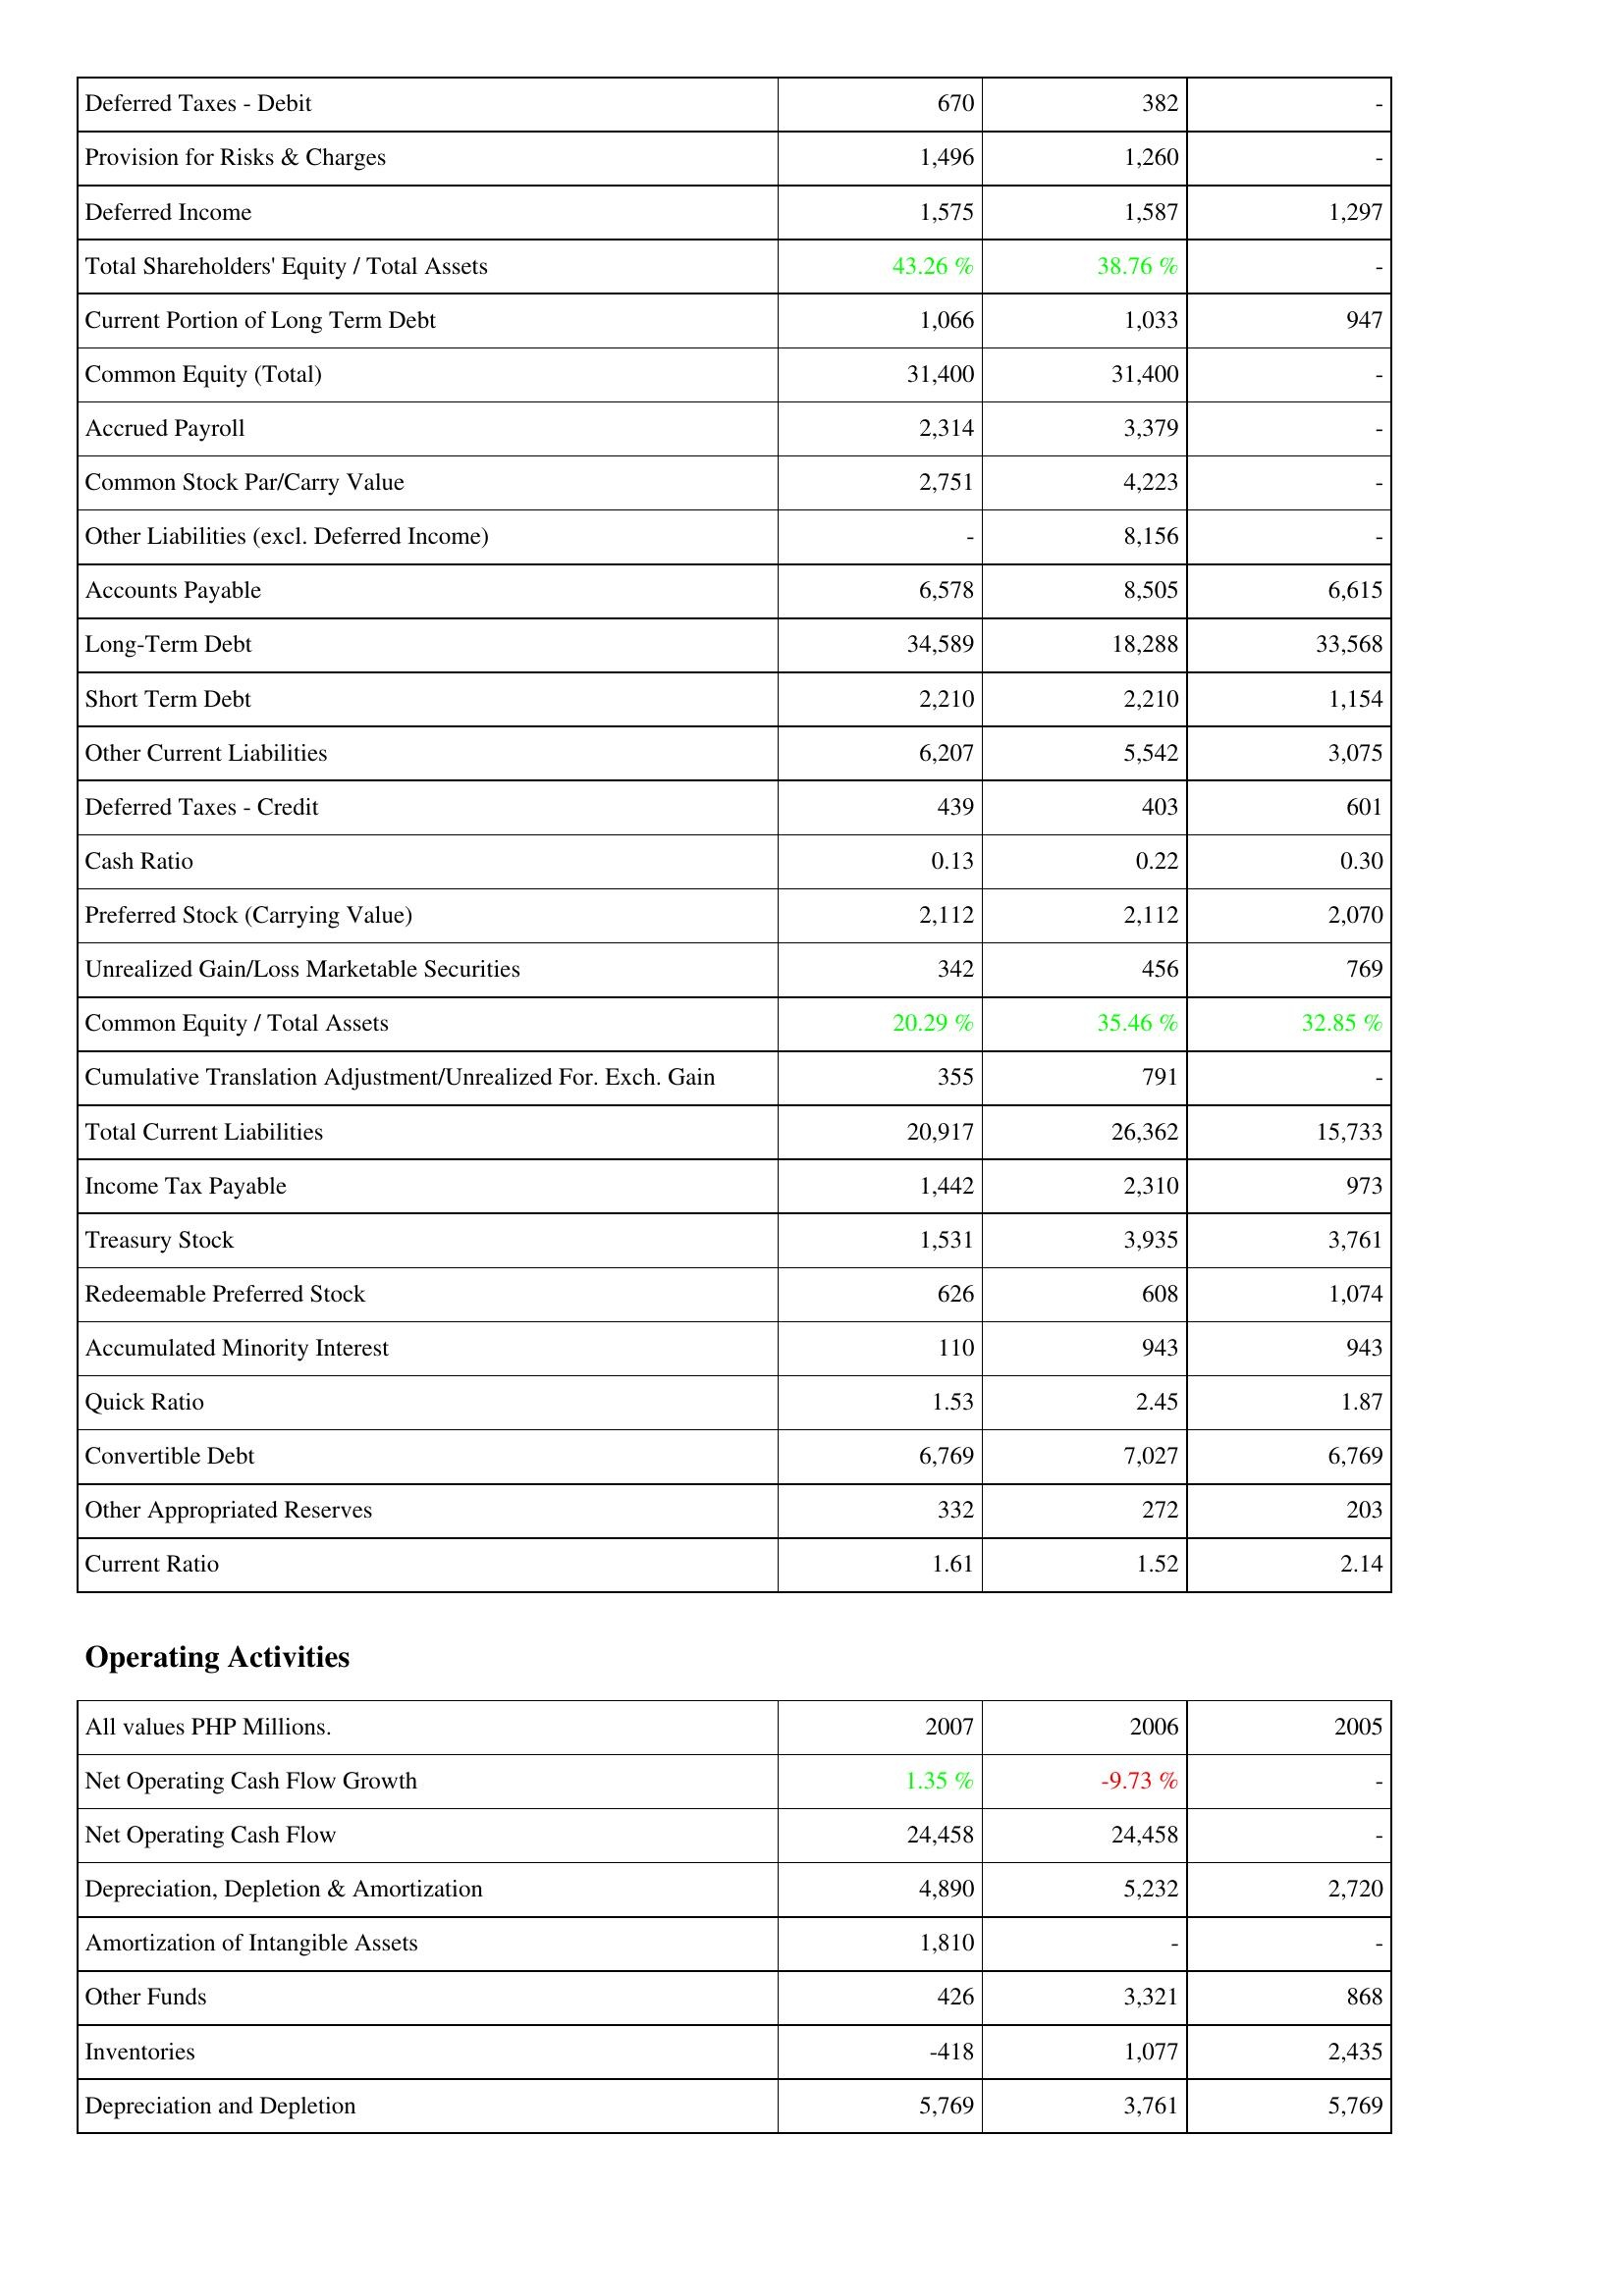
2007: Liabilities & Shareholders' Equity: Deferred Taxes - Debit: 670
Provision for Risks & Charges: 1,496
Deferred Income: 1,575
Total Shareholders' Equity / Total Assets: 43.26 %
Current Portion of Long Term Debt: 1,066
Common Equity (Total): 31,400
Accrued Payroll: 2,314
Common Stock Par/Carry Value: 2,751
Other Liabilities (excl. Deferred Income): -
Accounts Payable: 6,578
Long-Term Debt: 34,589
Short Term Debt: 2,210
Other Current Liabilities: 6,207
Deferred Taxes - Credit: 439
Cash Ratio: 0.13
Preferred Stock (Carrying Value): 2,112
Unrealized Gain/Loss Marketable Securities: 342
Common Equity / Total Assets: 20.29 %
Cumulative Translation Adjustment/Unrealized For. Exch. Gain: 355
Total Current Liabilities: 20,917
Income Tax Payable: 1,442
Treasury Stock: 1,531
Redeemable Preferred Stock: 626
Accumulated Minority Interest: 110
Quick Ratio: 1.53
Convertible Debt: 6,769
Other Appropriated Reserves: 332
Current Ratio: 1.61
Operating Activities: Net Operating Cash Flow Growth: 1.35 %
Net Operating Cash Flow: 24,458
Depreciation, Depletion & Amortization: 4,890
Amortization of Intangible Assets: 1,810
Other Funds: 426
Inventories: -418
Depreciation and Depletion: 5,769
2006: Liabilities & Shareholders' Equity: Deferred Taxes - Debit: 382
Provision for Risks & Charges: 1,260
Deferred Income: 1,587
Total Shareholders' Equity / Total Assets: 38.76 %
Current Portion of Long Term Debt: 1,033
Common Equity (Total): 31,400
Accrued Payroll: 3,379
Common Stock Par/Carry Value: 4,223
Other Liabilities (excl. Deferred Income): 8,156
Accounts Payable: 8,505
Long-Term Debt: 18,288
Short Term Debt: 2,210
Other Current Liabilities: 5,542
Deferred Taxes - Credit: 403
Cash Ratio: 0.22
Preferred Stock (Carrying Value): 2,112
Unrealized Gain/Loss Marketable Securities: 456
Common Equity / Total Assets: 35.46 %
Cumulative Translation Adjustment/Unrealized For. Exch. Gain: 791
Total Current Liabilities: 26,362
Income Tax Payable: 2,310
Treasury Stock: 3,935
Redeemable Preferred Stock: 608
Accumulated Minority Interest: 943
Quick Ratio: 2.45
Convertible Debt: 7,027
Other Appropriated Reserves: 272
Current Ratio: 1.52
Operating Activities: Net Operating Cash Flow Growth: -9.73 %
Net Operating Cash Flow: 24,458
Depreciation, Depletion & Amortization: 5,232
Amortization of Intangible Assets: -
Other Funds: 3,321
Inventories: 1,077
Depreciation and Depletion: 3,761
2005: Liabilities & Shareholders' Equity: Deferred Taxes - Debit: -
Provision for Risks & Charges: -
Deferred Income: 1,297
Total Shareholders' Equity / Total Assets: -
Current Portion of Long Term Debt: 947
Common Equity (Total): -
Accrued Payroll: -
Common Stock Par/Carry Value: -
Other Liabilities (excl. Deferred Income): -
Accounts Payable: 6,615
Long-Term Debt: 33,568
Short Term Debt: 1,154
Other Current Liabilities: 3,075
Deferred Taxes - Credit: 601
Cash Ratio: 0.30
Preferred Stock (Carrying Value): 2,070
Unrealized Gain/Loss Marketable Securities: 769
Common Equity / Total Assets: 32.85 %
Cumulative Translation Adjustment/Unrealized For. Exch. Gain: -
Total Current Liabilities: 15,733
Income Tax Payable: 973
Treasury Stock: 3,761
Redeemable Preferred Stock: 1,074
Accumulated Minority Interest: 943
Quick Ratio: 1.87
Convertible Debt: 6,769
Other Appropriated Reserves: 203
Current Ratio: 2.14
Operating Activities: Net Operating Cash Flow Growth: -
Net Operating Cash Flow: -
Depreciation, Depletion & Amortization: 2,720
Amortization of Intangible Assets: -
Other Funds: 868
Inventories: 2,435
Depreciation and Depletion: 5,769